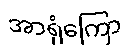
အာရုံကြော